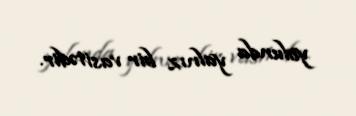
yolunda yalnız bir vasitədir.